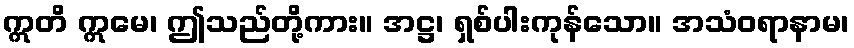
ဣတိ ဣမေ၊ ဤသည်တို့ကား။ အဋ္ဌ၊ ရှစ်ပါးကုန်သော။ အသံဝရာနာမ၊